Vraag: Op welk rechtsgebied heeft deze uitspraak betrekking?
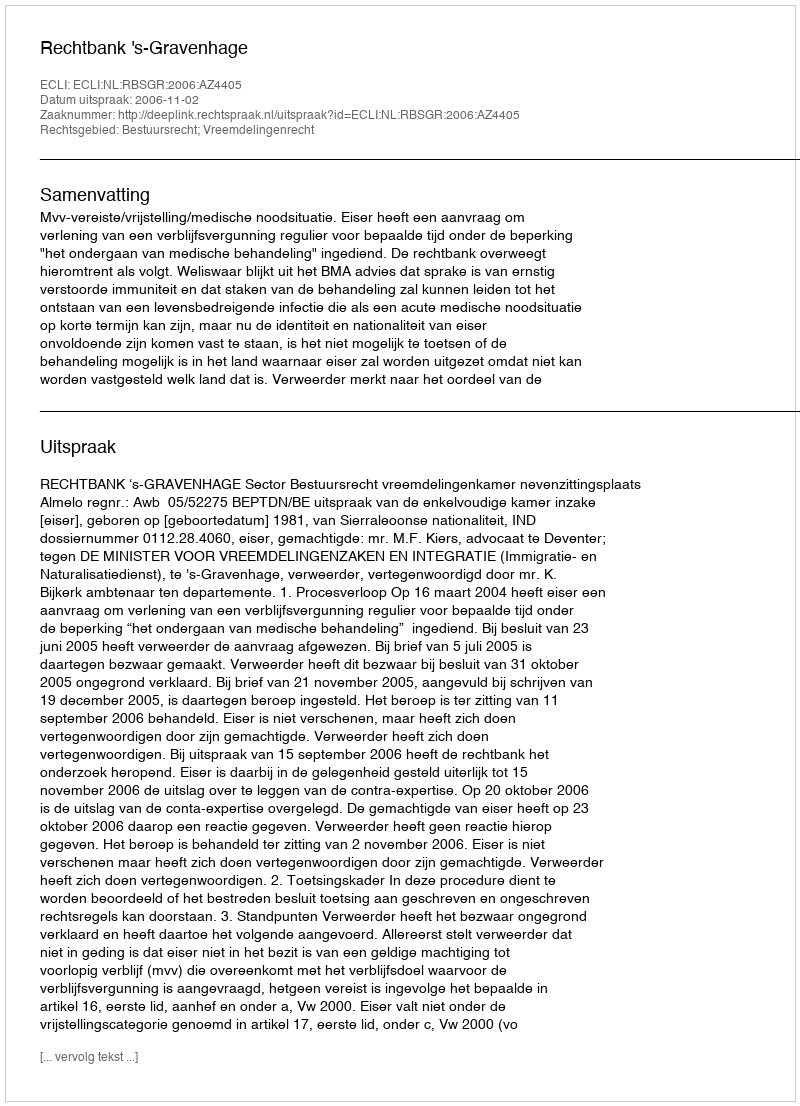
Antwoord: Bestuursrecht; Vreemdelingenrecht